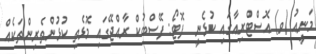
މަނީއު (ވ) އޮސްޓްރިއާގައި ކުޅެނީ  ފޮޓޯ: ފޭސްބުކް ރާއްޖޭގައި މޮޅެތި ކުޅުންތެރިންތަކެއް